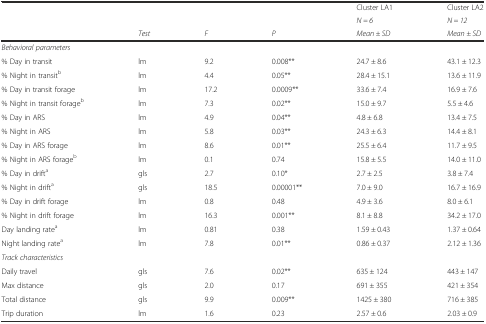
|  |  |  |  | Cluster LA1 | Cluster LA2 |
 |  |  |  |  | N = 6 | N = 12 |
 |  | Test | F | P | Mean ± SD | Mean ± SD |
 | --- | --- | --- | --- | --- | --- |
 | <COLSPAN=6> Behavioral parameters |
 | % Day in transit | lm | 9.2 | 0.008** | 24.7 ± 8.6 | 43.1 ± 12.3 |
 | % Night in transitb | lm | 4.4 | 0.05** | 28.4 ± 15.1 | 13.6 ± 11.9 |
 | % Day in transit forage | lm | 17.2 | 0.0009** | 33.6 ± 7.4 | 16.9 ± 7.6 |
 | % Night in transit forageb | lm | 7.3 | 0.02** | 15.0 ± 9.7 | 5.5 ± 4.6 |
 | % Day in ARS | lm | 4.9 | 0.04** | 4.8 ± 6.8 | 13.4 ± 7.5 |
 | % Night in ARS | lm | 5.8 | 0.03** | 24.3 ± 6.3 | 14.4 ± 8.1 |
 | % Day in ARS forage | lm | 8.6 | 0.01** | 25.5 ± 6.4 | 11.7 ± 9.5 |
 | % Night in ARS forageb | lm | 0.1 | 0.74 | 15.8 ± 5.5 | 14.0 ± 11.0 |
 | % Day in drifta | gls | 2.7 | 0.10* | 2.7 ± 2.5 | 3.8 ± 7.4 |
 | % Night in drifta | gls | 18.5 | 0.00001** | 7.0 ± 9.0 | 16.7 ± 16.9 |
 | % Day in drift forage | lm | 0.8 | 0.48 | 4.9 ± 3.6 | 8.0 ± 6.1 |
 | % Night in drift forage | lm | 16.3 | 0.001** | 8.1 ± 8.8 | 34.2 ± 17.0 |
 | Day landing ratea | lm | 0.81 | 0.38 | 1.59 ± 0.43 | 1.37 ± 0.64 |
 | Night landing ratea | lm | 7.8 | 0.01** | 0.86 ± 0.37 | 2.12 ± 1.36 |
 | <COLSPAN=6> Track characteristics |
 | Daily travel | gls | 7.6 | 0.02** | 635 ± 124 | 443 ± 147 |
 | Max distance | gls | 2.0 | 0.17 | 691 ± 355 | 421 ± 354 |
 | Total distance | gls | 9.9 | 0.009** | 1425 ± 380 | 716 ± 385 |
 | Trip duration | lm | 1.6 | 0.23 | 2.57 ± 0.6 | 2.03 ± 0.9 |